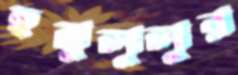
হনুলুলুর